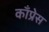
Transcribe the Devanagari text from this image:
काँप्रेस